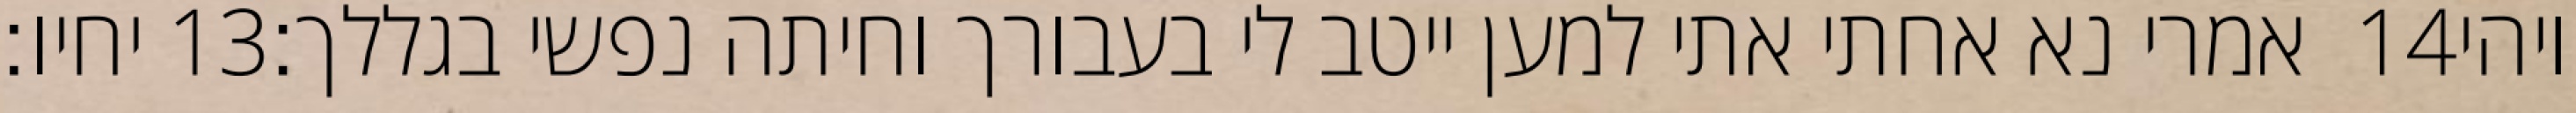
יחיו׃ ‎13‏ אמרי נא אחתי אתי למען ייטב לי בעבורך וחיתה נפשי בגללך׃ ‎14‏ ויהי